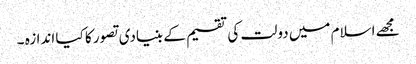
مجھے اسلام میں دولت کی تقسیم کے بنیادی تصور کا کیا اندازہ ۔